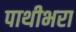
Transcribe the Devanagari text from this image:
पाथीभरा